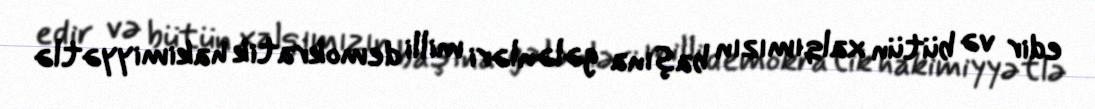
edir və bütün xalqımızın başına gələnləri milli demokratik hakimiyyətlə